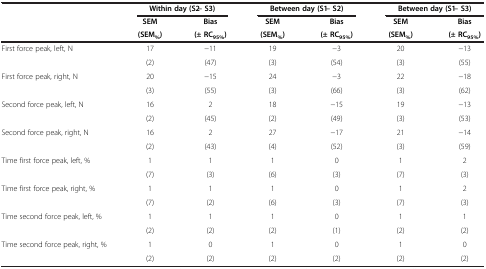
|  | <COLSPAN=2> Within day (S2 – S3) | <COLSPAN=2> Between day (S1 – S2) | <COLSPAN=2> Between day (S1 – S3) |
 |  | SEM | Bias | SEM | Bias | SEM | Bias |
 |  | (SEM%) | (± RC95%) | (SEM%) | (± RC95%) | (SEM%) | (± RC95%) |
 | --- | --- | --- | --- | --- | --- | --- |
 | First force peak, left, N | 17 | −11 | 19 | −3 | 20 | −13 |
 |  | (2) | (47) | (3) | (54) | (3) | (55) |
 | First force peak, right, N | 20 | −15 | 24 | −3 | 22 | −18 |
 |  | (3) | (55) | (3) | (66) | (3) | (62) |
 | Second force peak, left, N | 16 | 2 | 18 | −15 | 19 | −13 |
 |  | (2) | (45) | (2) | (49) | (3) | (53) |
 | Second force peak, right, N | 16 | 2 | 27 | −17 | 21 | −14 |
 |  | (2) | (43) | (4) | (52) | (3) | (59) |
 | Time first force peak, left, % | 1 | 1 | 1 | 0 | 1 | 2 |
 |  | (7) | (3) | (6) | (3) | (7) | (3) |
 | Time first force peak, right, % | 1 | 1 | 1 | 0 | 1 | 2 |
 |  | (7) | (2) | (6) | (3) | (7) | (3) |
 | Time second force peak, left, % | 1 | 1 | 1 | 0 | 1 | 1 |
 |  | (2) | (2) | (2) | (1) | (2) | (2) |
 | Time second force peak, right, % | 1 | 0 | 1 | 0 | 1 | 0 |
 |  | (2) | (2) | (2) | (2) | (2) | (2) |